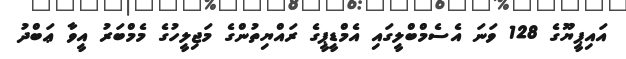
އައިޕީޔޫގެ 128 ވަނަ އެސެމްބްލީގައި އެމްޑީޕީގެ ރައްޔިތުންގެ މަޖިލީހުގެ މެމްބަރު އީވާ ޢަބްދު